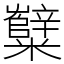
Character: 糱